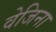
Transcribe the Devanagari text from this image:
वेजिना